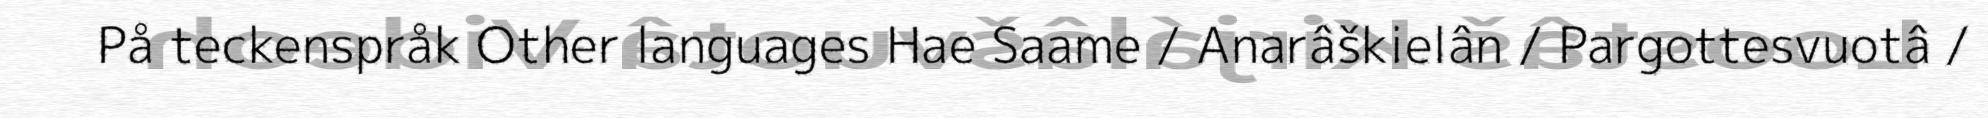
På teckenspråk Other languages Hae Saame / Anarâškielân / Pargottesvuotâ /